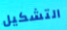
التشكيل